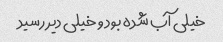
خیلی آب شده بود و خیلی دیر رسید